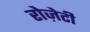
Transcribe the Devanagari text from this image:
रोज़ेटी